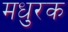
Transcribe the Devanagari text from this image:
मधुरक